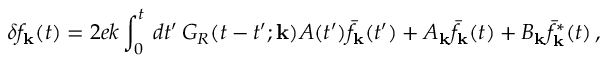
\delta f _ { \bf k } ( t ) = 2 e k \int _ { 0 } ^ { t } \, d t ^ { \prime } \, G _ { R } ( t - t ^ { \prime } ; { \bf k } ) A ( t ^ { \prime } ) \bar { f } _ { \bf k } ( t ^ { \prime } ) + A _ { \bf k } \bar { f } _ { \bf k } ( t ) + B _ { \bf k } \bar { f } _ { \bf k } ^ { * } ( t ) \, ,